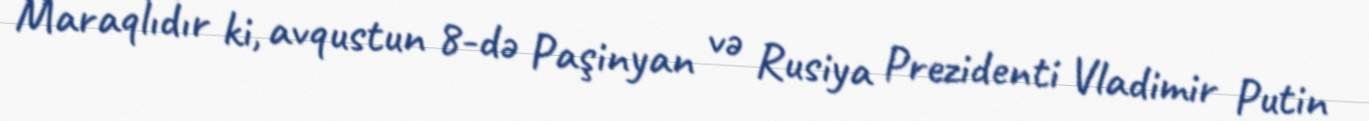
Maraqlıdır ki, avqustun 8-də Paşinyan və Rusiya Prezidenti Vladimir Putin